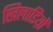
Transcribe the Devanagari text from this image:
खिलाडिय़ों